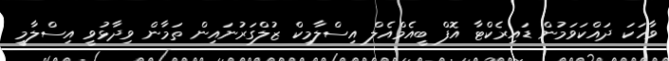
ވާހަކަ ދައްކަވަމުން ޑައިރެކްޓާ އޮފް ބީއެމްއެލް އިސްލާމިކް ޒުލްގަރުނައިން ތަމާން ވިދާޅުވީ އިސްލާމީ